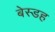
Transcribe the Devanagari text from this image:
बेस्डह